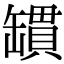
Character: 罆